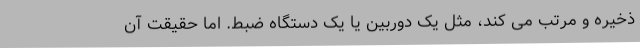
ذخیره و مرتب می کند، مثل یک دوربین یا یک دستگاه ضبط. اما حقیقت آن